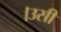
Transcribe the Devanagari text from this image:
।उसी